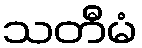
သတီမံ